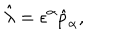
\hat { \lambda } = \epsilon ^ { \alpha } \hat { p } _ { \alpha } ,